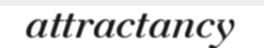
attractancy